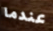
عندما